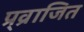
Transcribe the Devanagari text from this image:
प्र्व्राजित